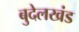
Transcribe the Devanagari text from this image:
बुदेलखंड